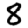
Digit: 8